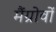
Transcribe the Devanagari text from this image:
मैंग्रोवों